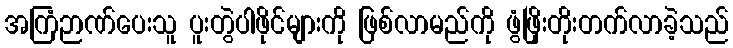
အကြံဉာဏ်ပေးသူ ပူးတွဲပါဖိုင်များကို ဖြစ်လာမည်ကို ဖွံဖြိုးတိုးတက်လာခဲ့သည်